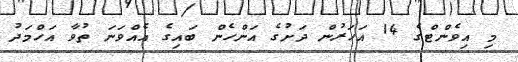
މި އިވެންޓްގެ 14 އަހަރުން ދަށުގެ އަންހެން ބައިގެ އެއްވަނަ ތުވާ އަހްމަދު